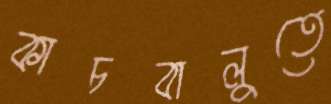
কাচবালুতে